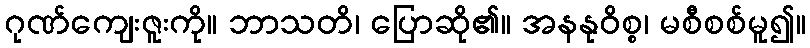
ဂုဏ်ကျေးဇူးကို။ ဘာသတိ၊ ပြောဆို၏။ အနနုဝိစ္စ၊ မစီစစ်မူ၍။